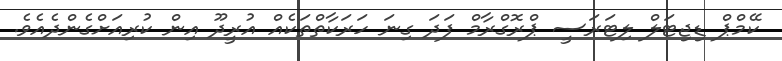
ކޭމްޕް ޑިޖިޓަލް ލިޓަރަސީ ޕްރޮގްރާމް ފަދަ ގިނަ ހަރަކާތްތަކެއް އުރީދޫ އިން ކުރިއަށްގެންދެއެވެ.